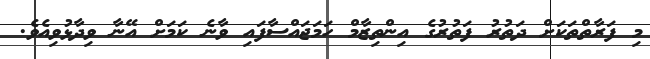
މި ފަރާތްތަކަށް ދަތުރު ފަތުރުގެ އިންތިޒާމް ހަމަޖައްސާފައި ވާނެ ކަމަށް އޭނާ ވިދާޅުވިއެވެ.